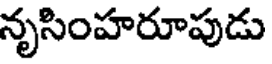
నృసింహరూపుడు